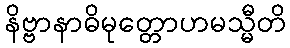
နိဗ္ဗာနာဓိမုတ္တောဟမသ္မီတိ